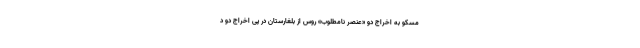
مسکو به اخراج دو «عنصر نامطلوب» روس از بلغارستان در پی اخراج دو د